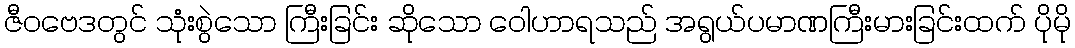
ဇီဝဗေဒတွင် သုံးစွဲသော ကြီးခြင်း ဆိုသော ဝေါဟာရသည် အရွယ်ပမာဏကြီးမားခြင်းထက် ပိုမို